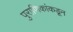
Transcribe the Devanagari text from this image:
पुराणिकांकडून